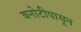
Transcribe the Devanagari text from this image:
बनोटीपासून